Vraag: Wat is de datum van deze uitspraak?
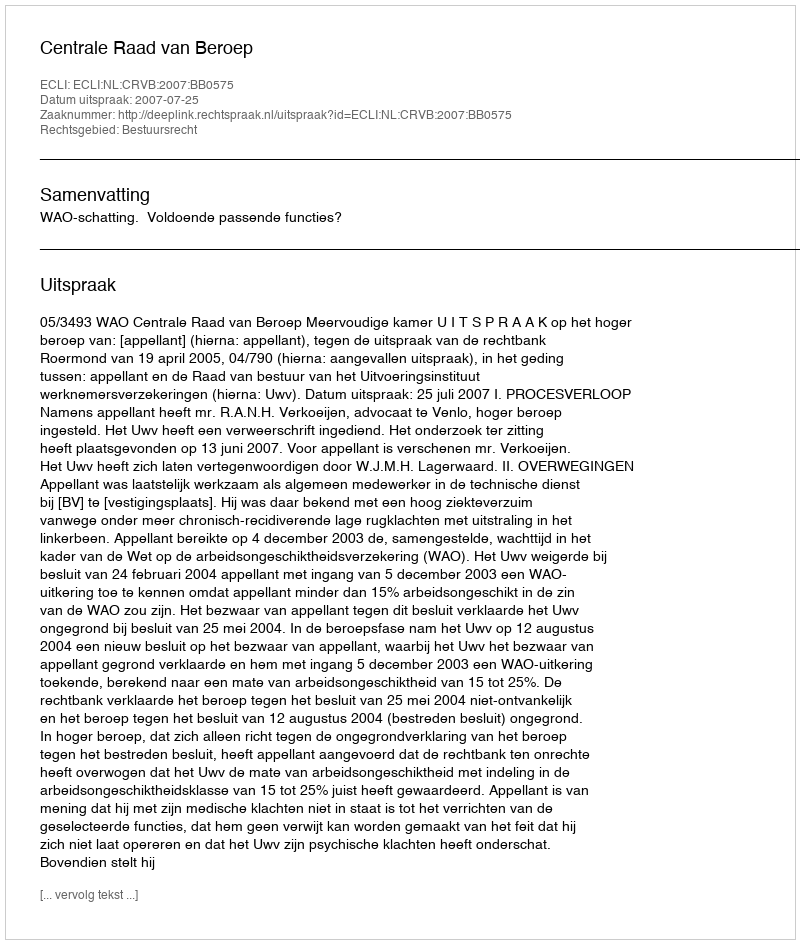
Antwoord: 2007-07-25